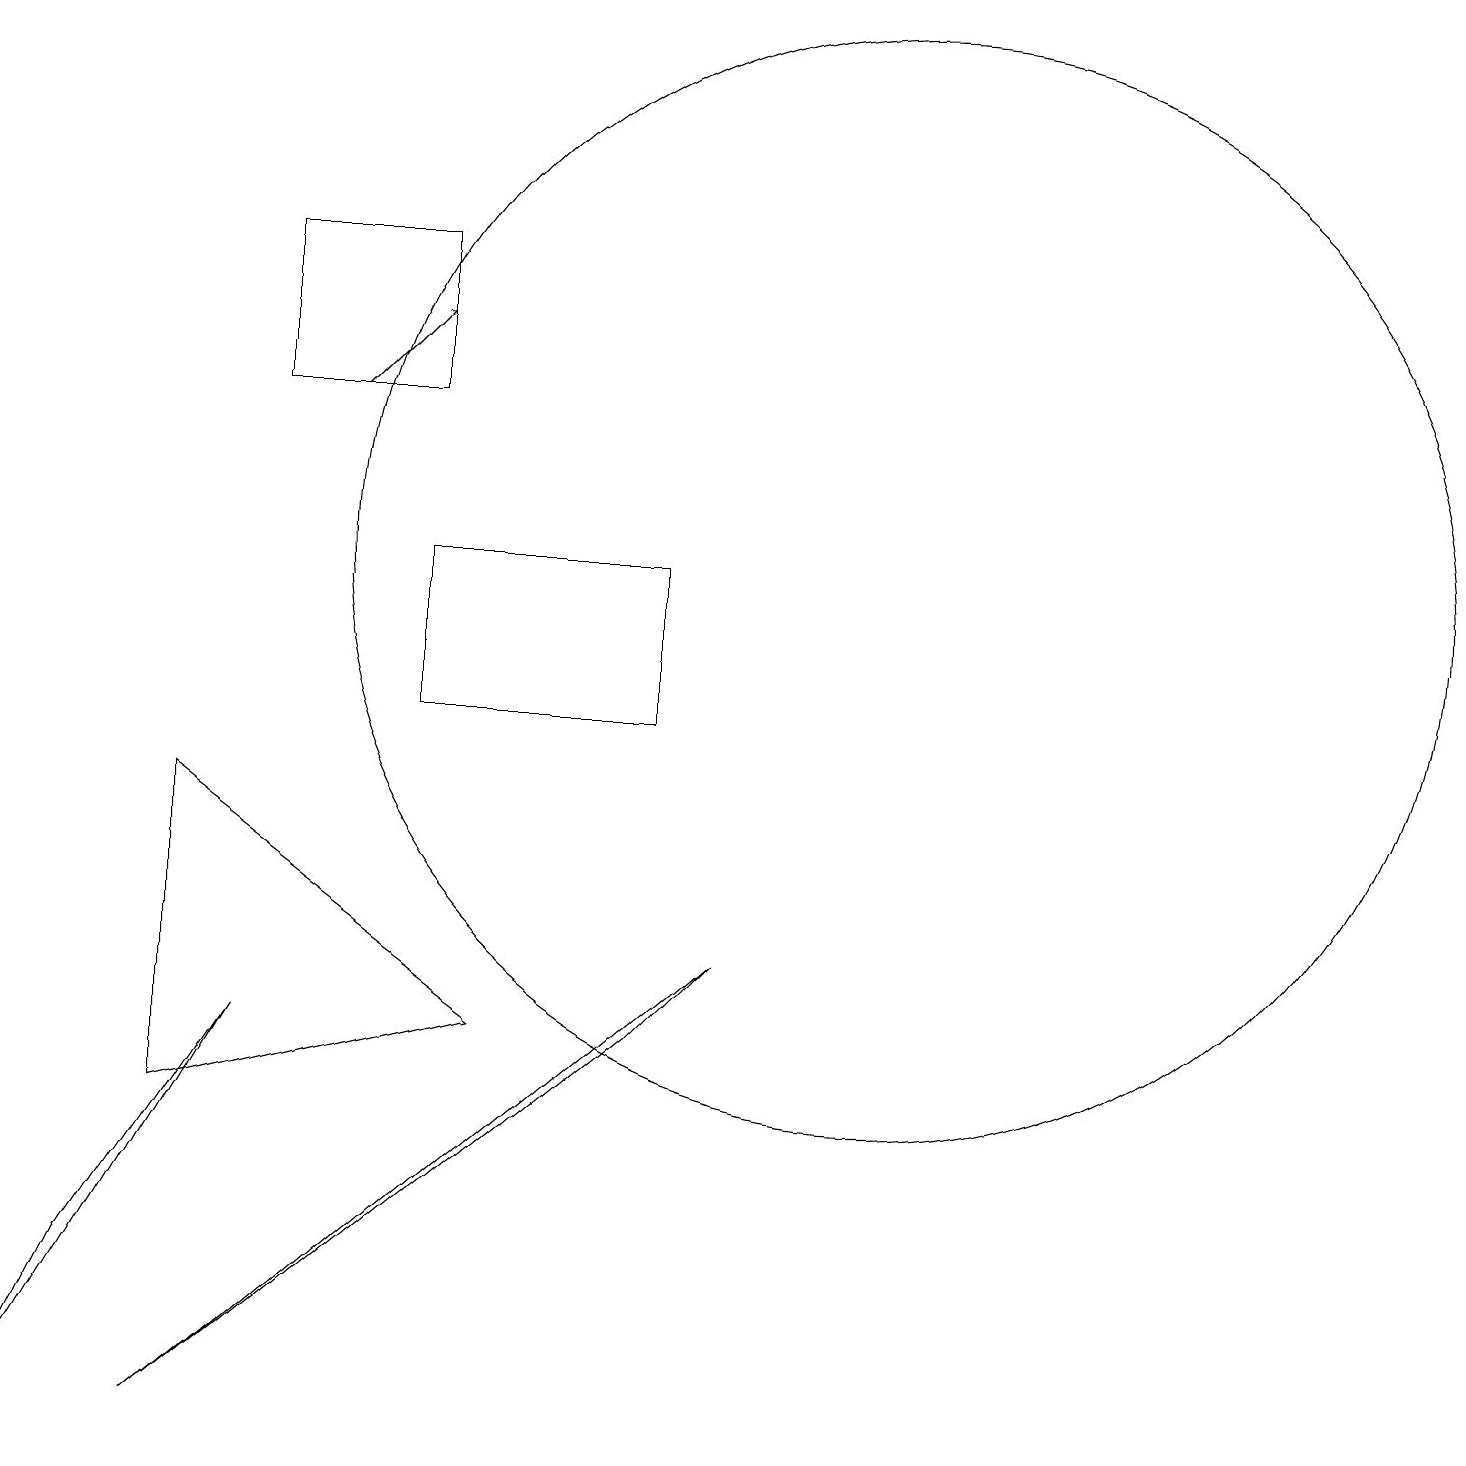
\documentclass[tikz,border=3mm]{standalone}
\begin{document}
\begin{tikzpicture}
\draw (8,6) -- (9,7) -- (2,1) -- cycle;
\draw (3,14) rectangle (5,16);
\draw (8,10) rectangle (5,12);
\draw (2,9) -- (6,6) -- (2,5) -- cycle;
\draw (11,12) circle (0);
\draw[->] (4,14) -- (5,15);
\draw (0,1) -- (1,3) -- (3,6) -- cycle;
\draw (11,12) circle (7);
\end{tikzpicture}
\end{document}